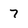
Character: 7